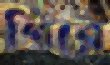
গিরে